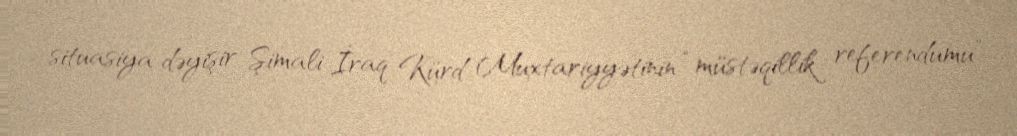
situasiya dəyişir Şimali İraq Kürd Muxtariyyətinin “müstəqillik referendumu”